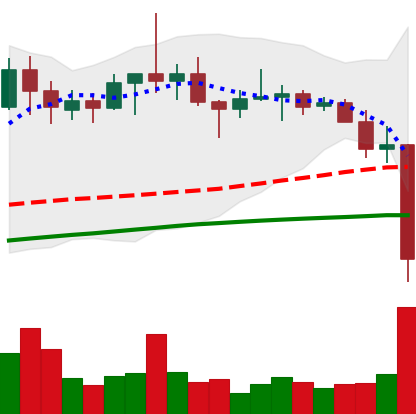
Ticker: TRX-USD
Chart end date: 2022-06-13
Forward return: -4.5%
Label: down_3_5